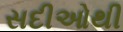
સદીઓથી